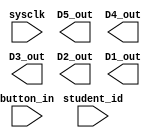
module top (
	input sysclk,    // 1 MHz
	input button_in,
	input [15:0] student_id,
	output[3:0] D5_out,	
	output[3:0] D4_out,	
	output[3:0] D3_out,	
	output[3:0] D2_out,	
	output[3:0] D1_out		
);


endmodule